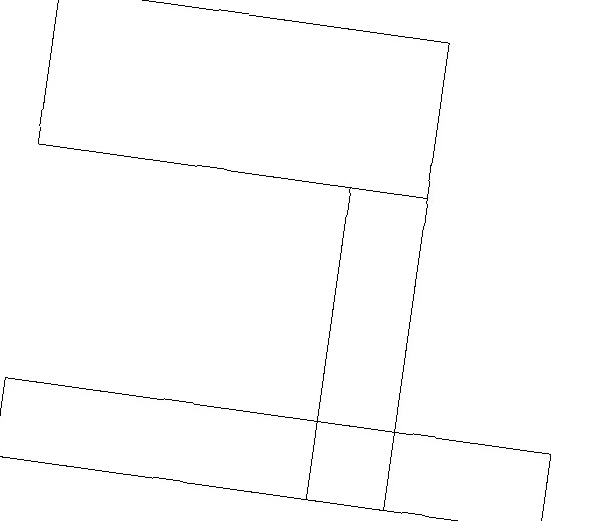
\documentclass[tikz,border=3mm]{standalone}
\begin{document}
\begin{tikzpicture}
\draw (7,13) rectangle (0,12);
\draw (5,16) rectangle (0,18);
\draw (4,16) rectangle (5,12);
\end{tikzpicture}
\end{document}